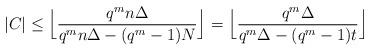
LaTeX: \begin{align*} |C| \le \Big\lfloor\frac{q^m n\Delta}{q^m n \Delta - (q^m-1)N}\Big\rfloor = \Big\lfloor\frac{q^m \Delta}{q^m\Delta - (q^m-1)t}\Big\rfloor\end{align*}